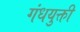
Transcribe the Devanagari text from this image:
गंधयुक्ती